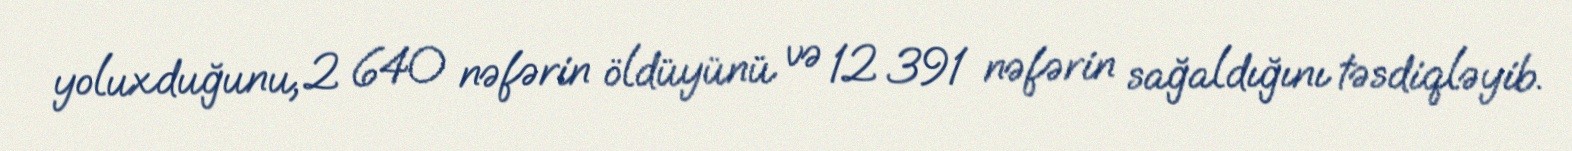
yoluxduğunu, 2 640 nəfərin öldüyünü və 12 391 nəfərin sağaldığını təsdiqləyib.